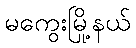
မကွေးမြို့နယ်